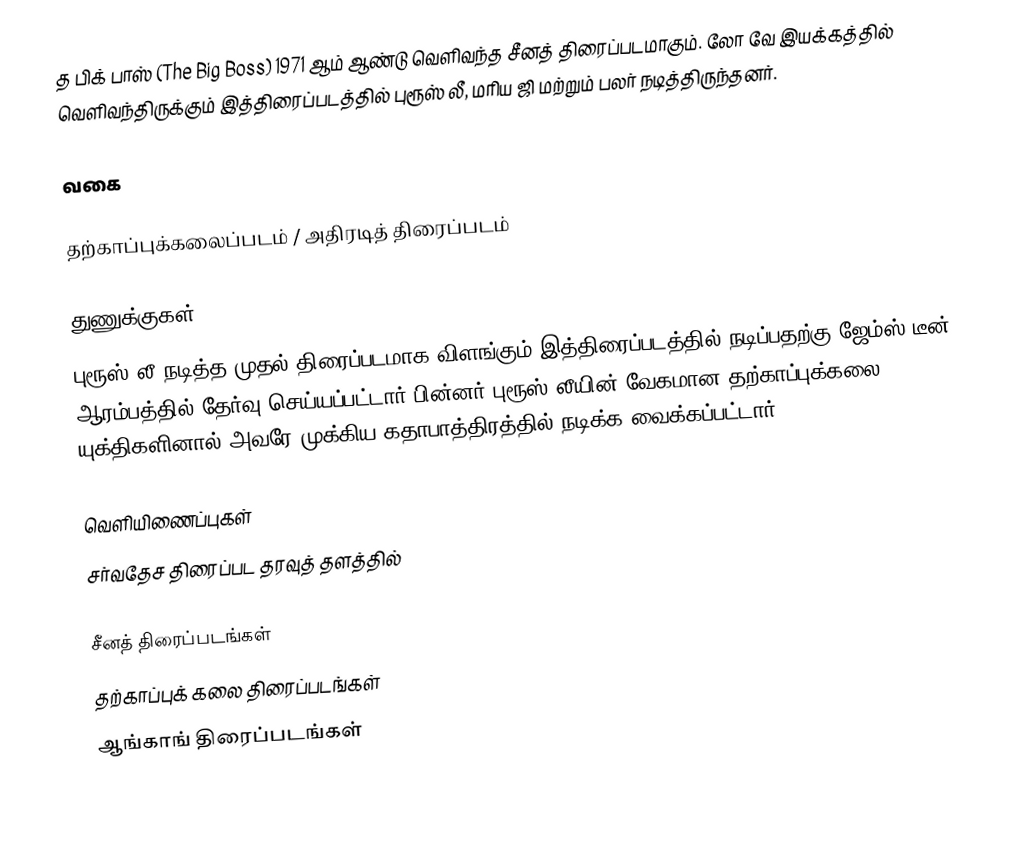
த பிக் பாஸ் (The Big Boss) 1971 ஆம் ஆண்டு வெளிவந்த சீனத் திரைப்படமாகும். லோ வே இயக்கத்தில் வெளிவந்திருக்கும் இத்திரைப்படத்தில் புரூஸ் லீ, மரிய ஜி மற்றும் பலர் நடித்திருந்தனர்.

வகை

தற்காப்புக்கலைப்படம் / அதிரடித் திரைப்படம்

துணுக்குகள்
 புரூஸ் லீ நடித்த முதல் திரைப்படமாக விளங்கும் இத்திரைப்படத்தில் நடிப்பதற்கு ஜேம்ஸ் டீன் ஆரம்பத்தில் தேர்வு செய்யப்பட்டார் பின்னர் புரூஸ் லீயின் வேகமான தற்காப்புக்கலை யுக்திகளினால் அவரே முக்கிய கதாபாத்திரத்தில் நடிக்க வைக்கப்பட்டார்.

வெளியிணைப்புகள்
 சர்வதேச திரைப்பட தரவுத் தளத்தில்

சீனத் திரைப்படங்கள்
தற்காப்புக் கலை திரைப்படங்கள்
ஆங்காங் திரைப்படங்கள்